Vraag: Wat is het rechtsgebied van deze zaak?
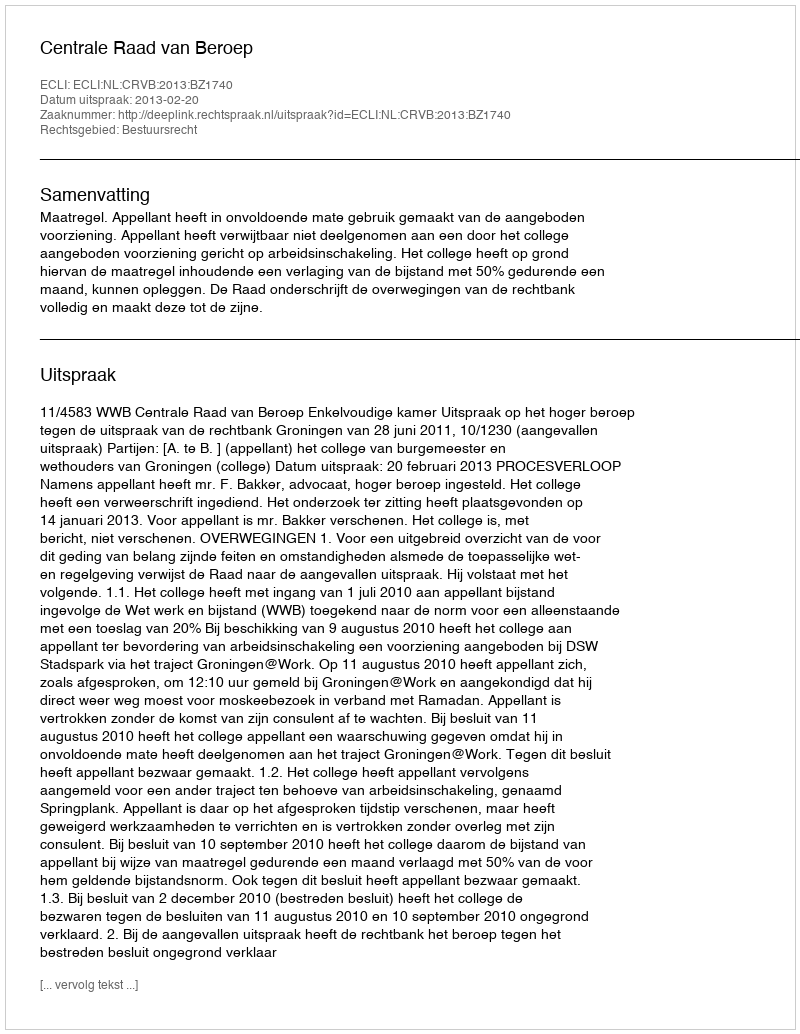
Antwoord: Bestuursrecht